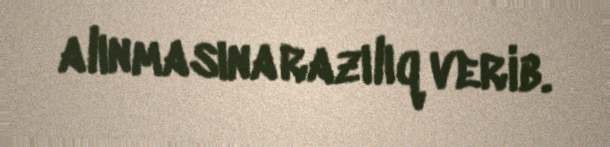
alınmasına razılıq verib.